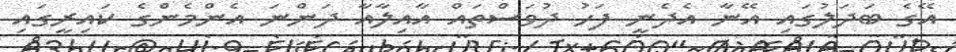
އޭގެ ބަދަލުގައި އޭނާ އެދެނީ ފަހު ދުވަސްތައް އާއިލާއާ ދަންނަ އެންމެންގެ ކައިރީގައި